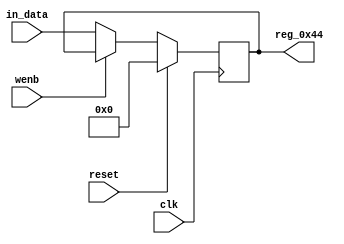
module r_RX_BUF_OBJ5_BYTE_0(output reg [7:0] reg_0x44, input wire reset, input wire wenb, input wire [7:0] in_data, input wire clk);
	always@(posedge clk)
	begin
		if(reset==0) begin
			if(wenb==0)
				reg_0x44<=in_data;
			else
				reg_0x44<=reg_0x44;
		end
		else
			reg_0x44<=8'h00;
	end
endmodule